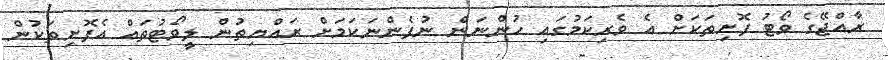
ރާއްޖޭގެ ވޯޓު ފޮށިތަކަށް އެ ވެރިކަމުގައި ހުންނަން ނުފެންނަކަމަށް ރައްޔިތުން ލީވޯޓުތައް އެފޮށިތަކުން